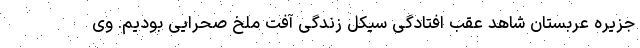
جزیره عربستان شاهد عقب افتادگی سیکل زندگی آفت ملخ صحرایی بودیم. وی